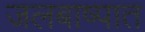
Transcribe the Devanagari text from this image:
जलबाष्पात